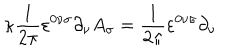
\mathrm { \ k a p p a } \frac { 1 } { 2 \pi } \varepsilon ^ { 0 \nu \sigma } \partial _ { \nu } A _ { \sigma } = \frac { 1 } { 2 \pi } \varepsilon ^ { 0 \nu \sigma } \partial _ { \nu }